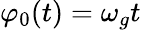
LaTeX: \varphi_{0}(t)=\omega_{g}t